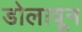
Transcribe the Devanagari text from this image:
डोलावून